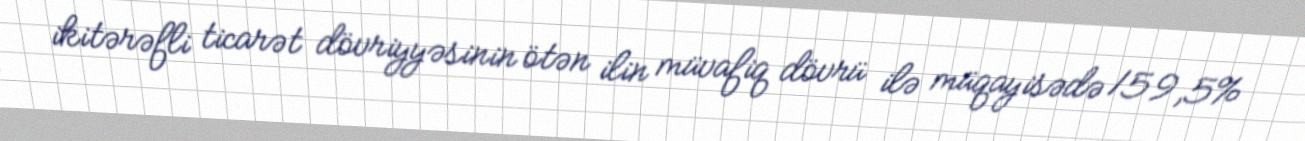
ikitərəfli ticarət dövriyyəsinin ötən ilin müvafiq dövrü ilə müqayisədə 159,5%